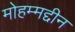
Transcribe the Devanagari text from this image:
मोहम्मद्दीन